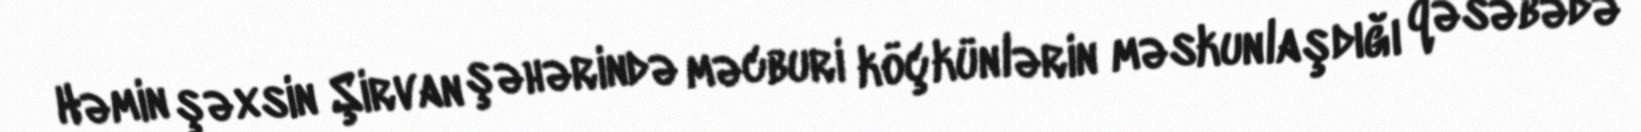
Həmin şəxsin Şirvan şəhərində məcburi köçkünlərin məskunlaşdığı qəsəbədə